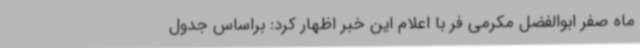
ماه صفر ابوالفضل مکرمی فر با اعلام این خبر اظهار کرد: براساس جدول